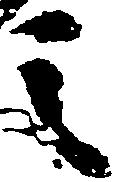
之